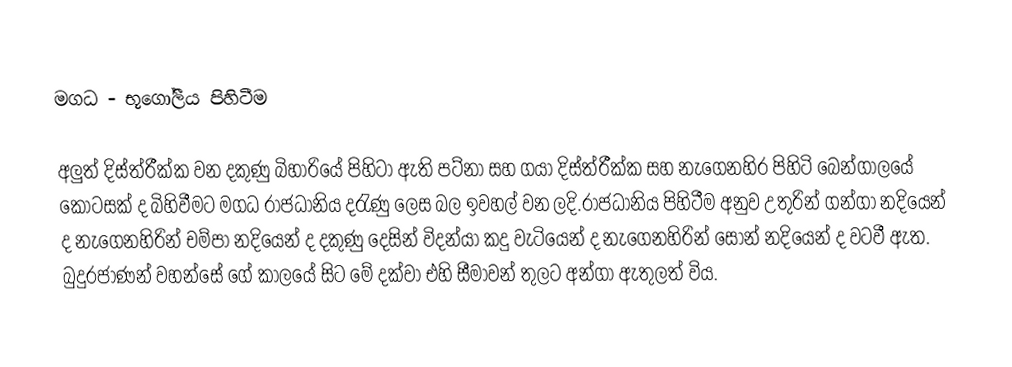
මගධ - භූගෝලීය පිහිටීම

අලුත් දිස්ත්රීක්ක වන දකුණු බිහාරියේ පිහිටා ඇති පට්නා සහ ගයා දිස්ත්රීක්ක සහ නැගෙනහිර පිහිටි බෙන්ගාලයේ කොටසක් ද බිහිවීමට මගධ රාජධානිය දරැණු ලෙස බල ඉවහල් වන ලදි.රාජධානිය පිහිටීම අනුව උතුරින්  ගන්ගා නදියෙන් ද නැගෙනහිරින් චම්පා නදියෙන් ද දකුණු දෙසින් විදන්යා කදු වැටියෙන් ද නැගෙනහිරින් සෝන් නදියෙන් ද වටවී ඇත. බුදුරජාණන් වහන්සේ ගේ කාලයේ සිට මේ දක්වා එහි සීමාවන් තුලට අන්ගා ඇතුලත් විය.